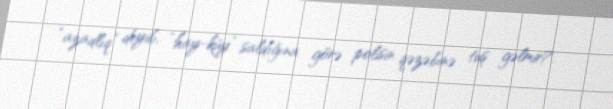
“azadlıq” deyib, “hay-küy” saldığına görə polisin qəzəbinə tuş gəlmir?.